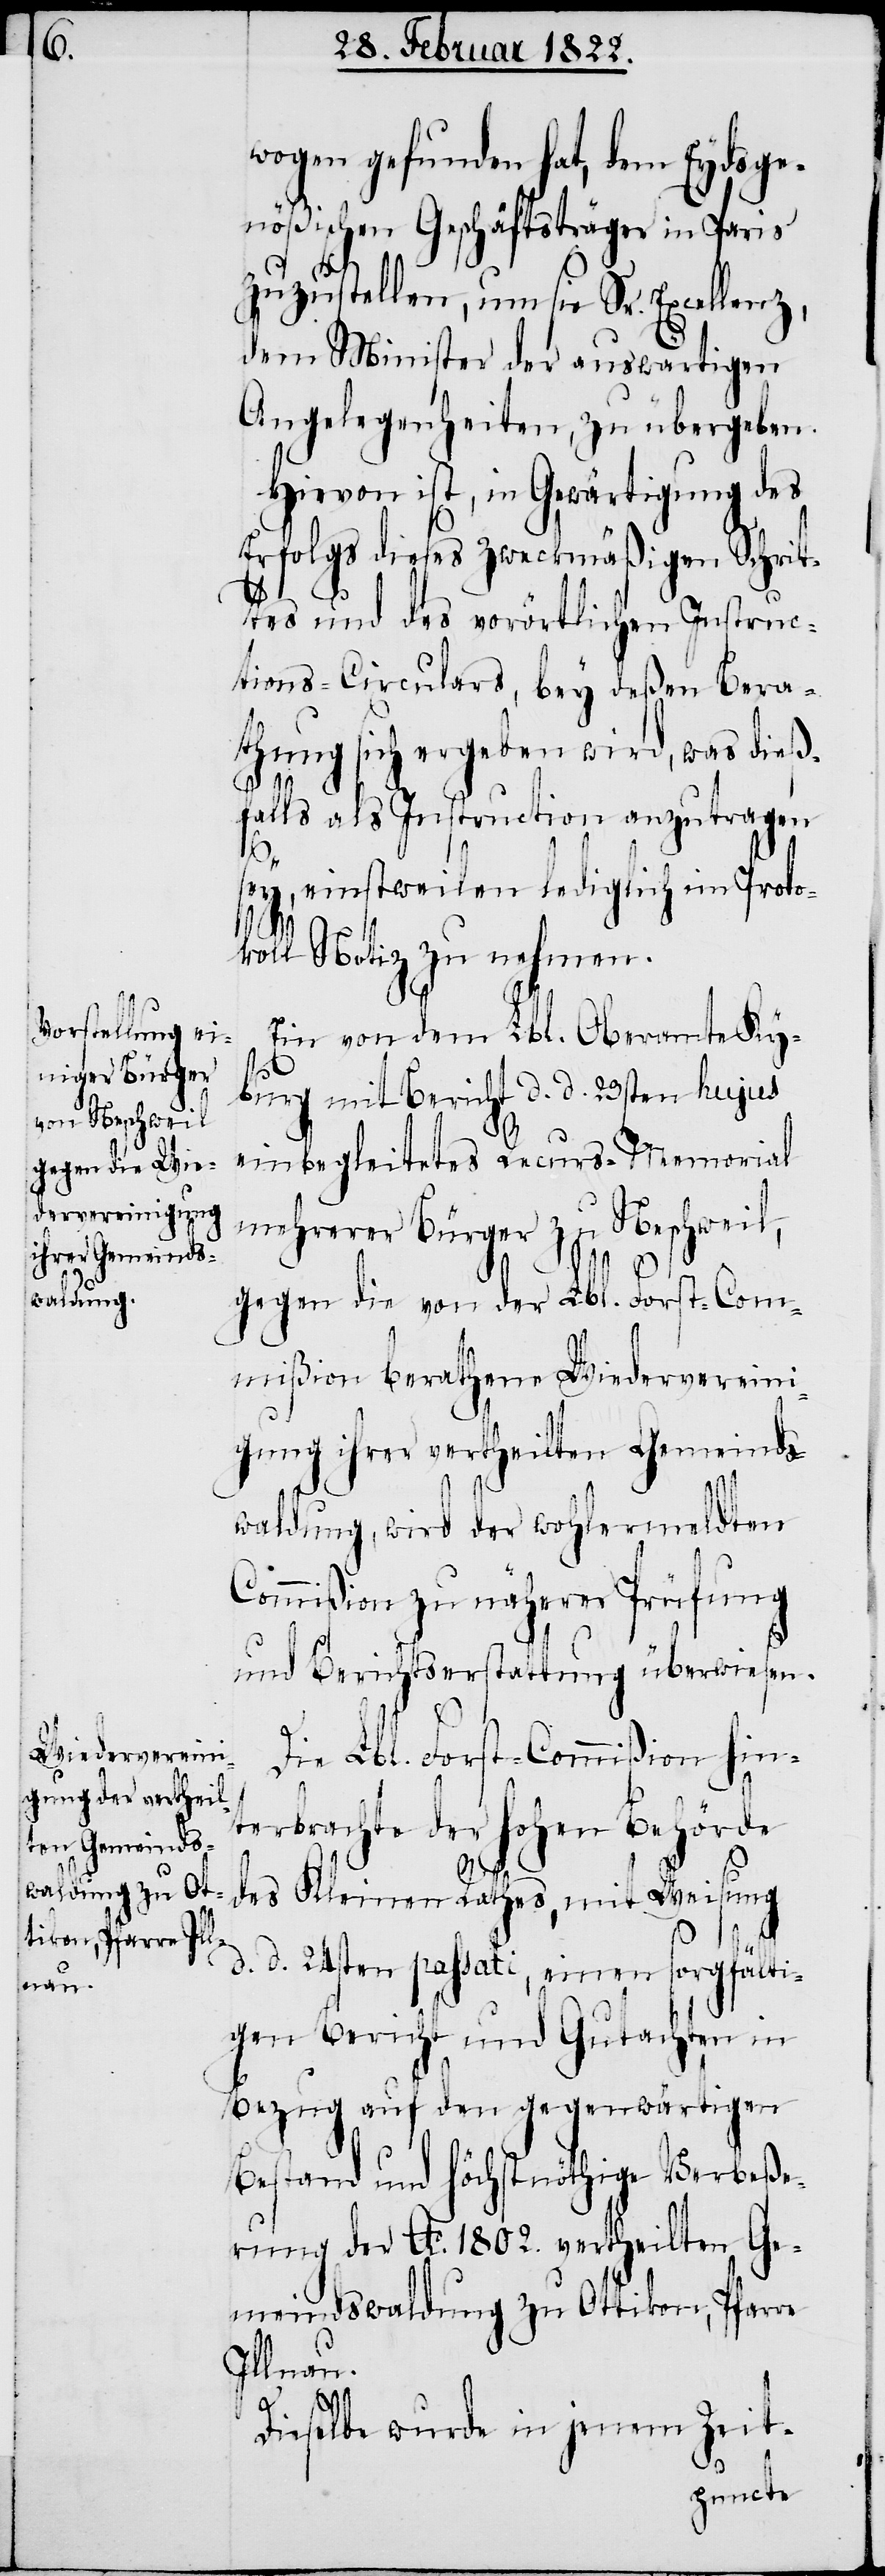
wogen gefunden hat, dem Eydsge¬
nößischen Geschäftsträger in Paris
zuzustellen, um sie Sr. Excellenz,
dem Minister der auswärtigen
Angelegenheiten, zu übergeben.
Hievon ist, in Gewärtigung des
Erfolgs dieses zweckmäßigen Schrit¬
tes und des vorörtlichen Instruc¬
tions-Circulars, bey deßen Bera¬
thung sich ergeben wird, was dieß¬
falls als Instruction anzutragen
sey, einstweilen lediglich im Proto¬
koll Notiz zu nehmen.
Ein von dem Lbl. Oberamte Ky¬
burg mit Bericht d. d. 23sten hujus
einbegleitetes Recurs-Memorial
mehrerer Bürger zu Neschweil,
gegen die von der Lbl. Forst-Com¬
mißion berathene Wiedervereini¬
gung ihrer vertheilten Gemeinds¬
waldung, wird der wohlermeldten
Commißion zu näherer Prüfung
und Berichtserstattung überwiesen.
Die Lbl. Forst-Commißion hin¬
terbrachte der hohen Behörde
des Kleinen Rathes, mit Weisung
d. d. 24sten passati, einen sorgfälti¬
gen Bericht und Gutachten in
Bezug auf den gegenwärtigen
Bestand und höchstnöthige Verbeße¬
rung der Ao. 1802. vertheilten Ge¬
meindswaldung zu Ottikon, Pfarre
Illnau.
Dieselbe wurde in jenem Zeit-